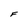
Character: F